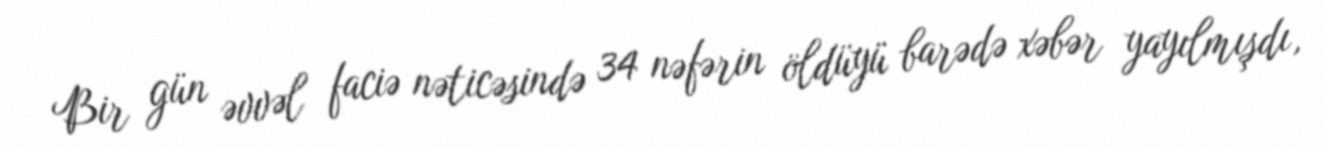
Bir gün əvvəl faciə nəticəsində 34 nəfərin öldüyü barədə xəbər yayılmışdı,